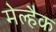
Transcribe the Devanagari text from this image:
मेल्हैक